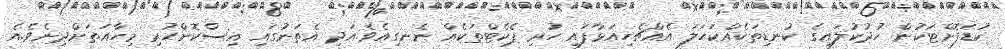
ކުޑަފޮށްޓަކުން ހުދުކުލައިގެ ކުނޑިތަކެއްކަހަލަ އެއްޗެހިއަޅާފައި ހުރި ޕެކެޓްތަކެއް ނެނގިއެވެ.އަދި އެތަނުގައި އިސްކޮށްހުރި މިހާއަތަށްދިނެވެ.އެ